EKP_Harju_Rajoonikomitee, lk 8
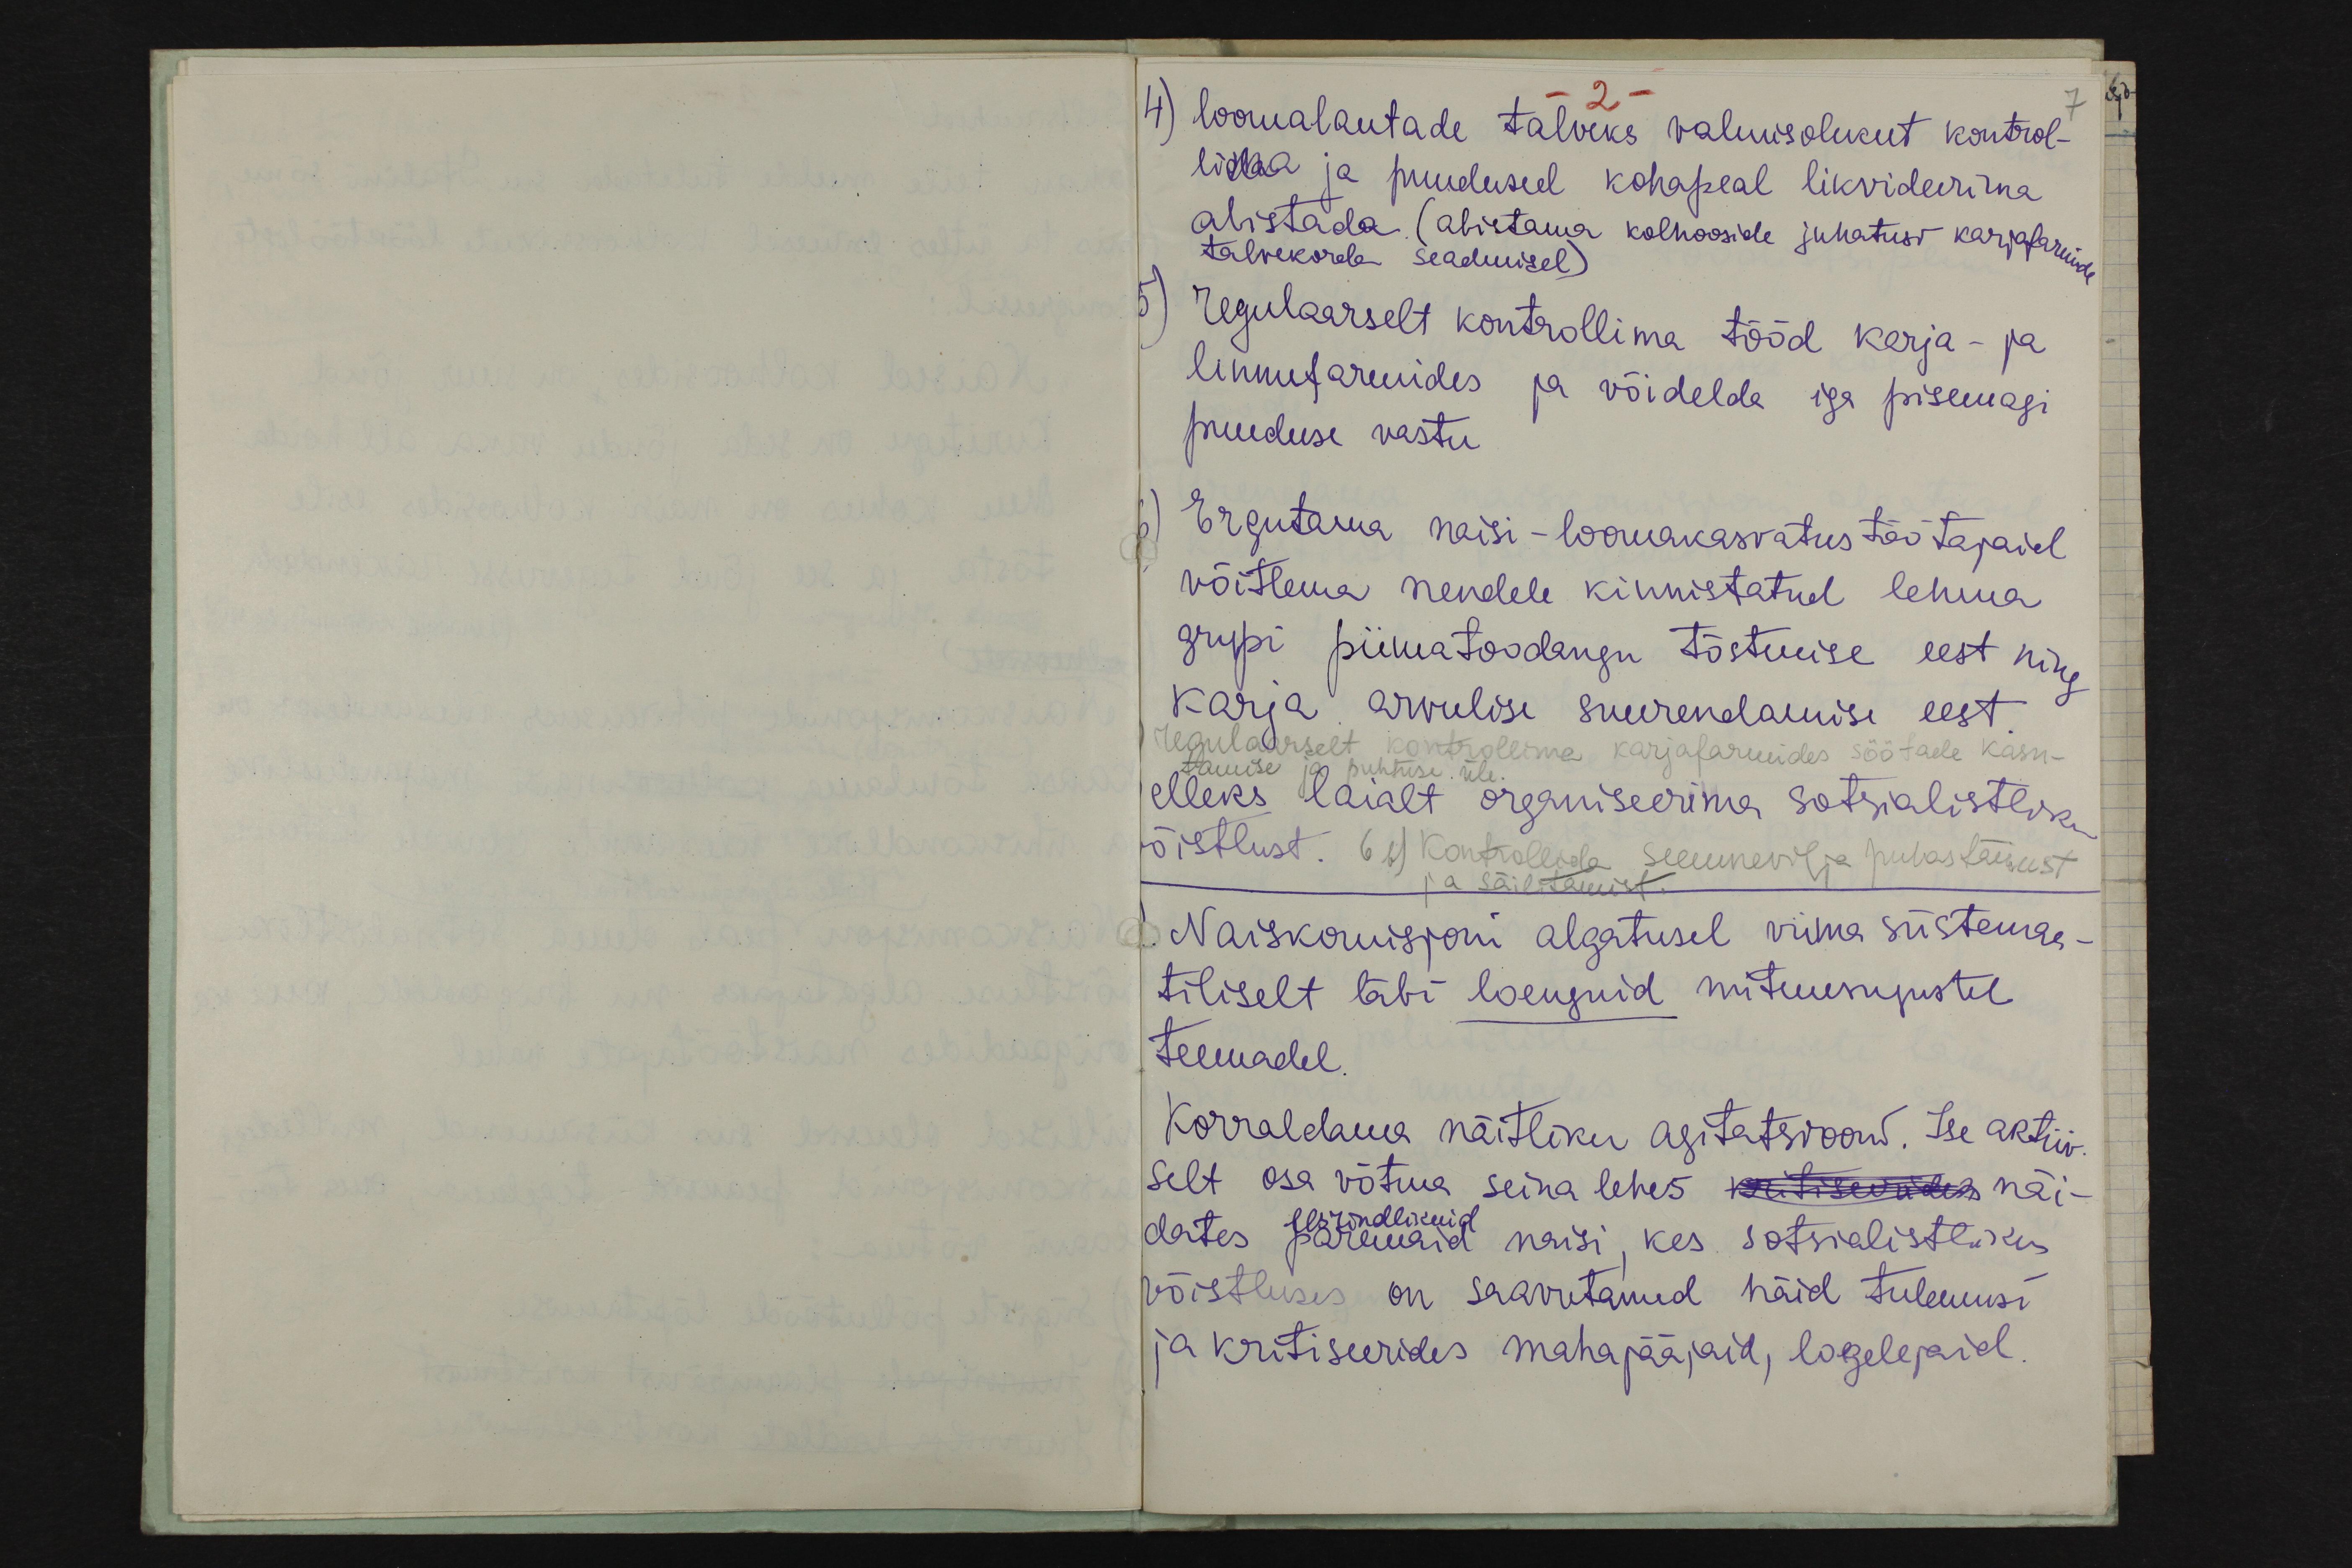
4) loomalautade talveks valuusolekut kontrol-
2.
7
lima ja puudused kohapeal likvideerima
abistada (abistama kolhooside juhatust karjafarmide
talvekorda seadmisel)
5) regulaarselt kontrollima tööd karja- ja
linnufarmides ja võidelda iga pisemagi
puuduse vastu
6) Ergutama naisi - loomnakasvatus töötajaid
võitlema nendele kinnistatud lehma
gupi piimatoodangu tõstmise eest ning
karja arvulise suurendamise eest
regulaarselt kontrollima karjafarmides söötade kasu-
tamise ja puhtuse üle
elleks laialt organiseerima sotsialistliku
õistlust. 6b) Kontrollida seemnevilja puhastamist
ja sälitamist.
Naiskomisjoni algatusel viima süstemaa-
tiliselt läbi loenguid mitmesugustel
teemadel.
Korraldama näitliku agitatsiooni. Ise aktiiv
selt osa võtma seina lehes kritiseerides näi-
eesrindlikuid
dates paremaid naisi, kes sotsialistlikus
võistluses on saavutanud häid tulemusi
ja kritiseerides mahajääjaid, logelejaid,